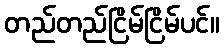
တည်တည်ငြိမ်ငြိမ်ပင်။